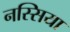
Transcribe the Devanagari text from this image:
नस्सिया